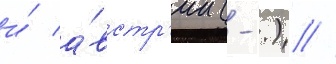
и́ а́встр'ии (-.) //